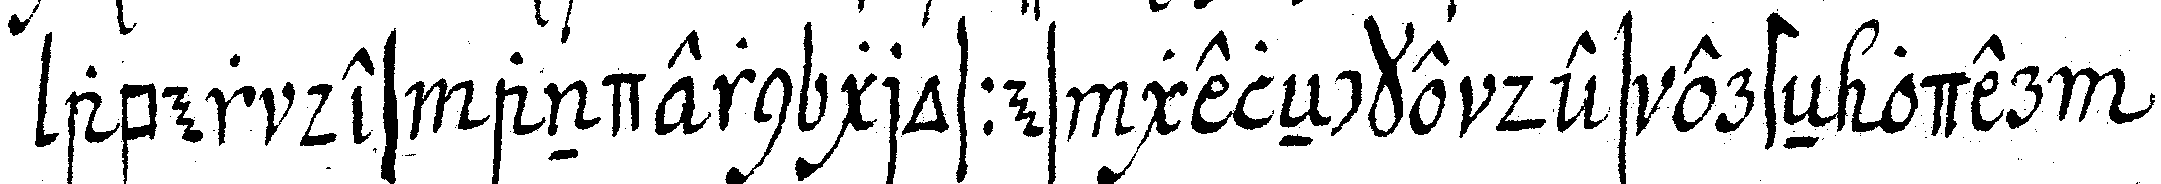
aber des andern grosses geleNcke des ersteN oder